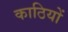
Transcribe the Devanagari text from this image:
काठियों